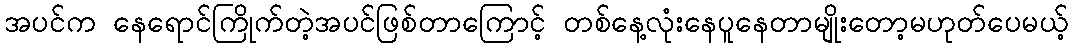
အပင်က နေရောင်ကြိုက်တဲ့အပင်ဖြစ်တာကြောင့် တစ်နေ့လုံးနေပူနေတာမျိုးတော့မဟုတ်ပေမယ့်